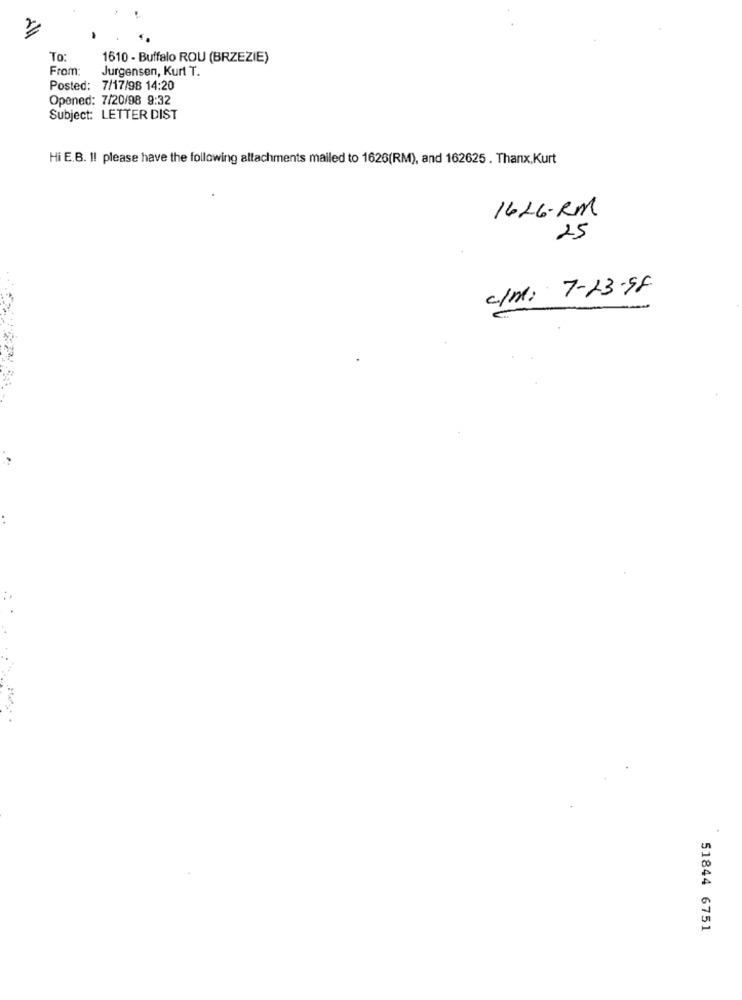
To:
1610 - Buffalo ROU (BRZEZIE)
From
Jurgensen, Kurt T.
Posted: 7/17/98 14:20
Opened: 7/20/98 9:32
Subject: LETTER DIST
Hi E.B. I! please have the following attachments mailed to 1626(RM), and 162625 . Thanx, Kurt
1626-RM
25
c/M: 7-23-98
51844 6751